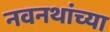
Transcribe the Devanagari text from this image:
नवनथांच्या